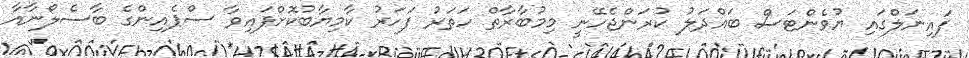
ފައިނަލްގައި ޔުވެންޓަސް ބައްދަލު ކުރަންޖެހޭނީ މިމުބާރާތް ހަތަރު ފަހަރު ކާމިޔާބުކޮށްފައިވާ ސްޕެއިންގެ ބާސެލޯނާއާ